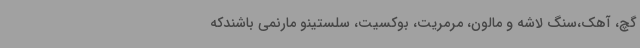
گچ، آهک،سنگ لاشه و مالون، مرمریت، بوکسیت، سلستینو مارنمی باشندکه